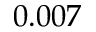
0 . 0 0 7